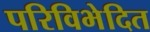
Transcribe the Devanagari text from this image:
परिविभेदित